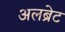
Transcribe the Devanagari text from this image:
अलब्रेट